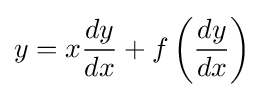
y=x{\frac {dy}{dx}}+f\left({\frac {dy}{dx}}\right)